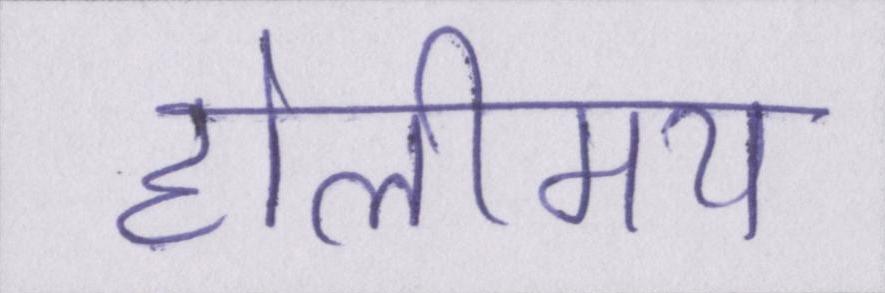
होलीमय